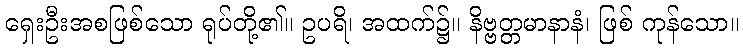
ရှေးဦးအစဖြစ်သော ရုပ်တို့၏။ ဥပရိ၊ အထက်၌။ နိဗ္ဗတ္တမာနာနံ၊ ဖြစ် ကုန်သော။